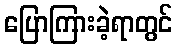
ပြောကြားခဲ့ရာတွင်